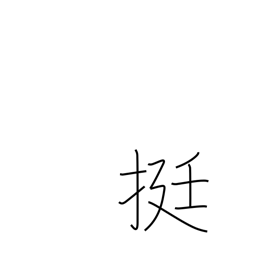
Meaning: counter for guns, inksticks, palanquins, rickshaws